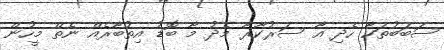
ސަބަބުތަކާ ހެދި އާ ސަރުކާރާ މެދު މާ ބޮޑު އިތުބާރެއް ނެތް މީހުން